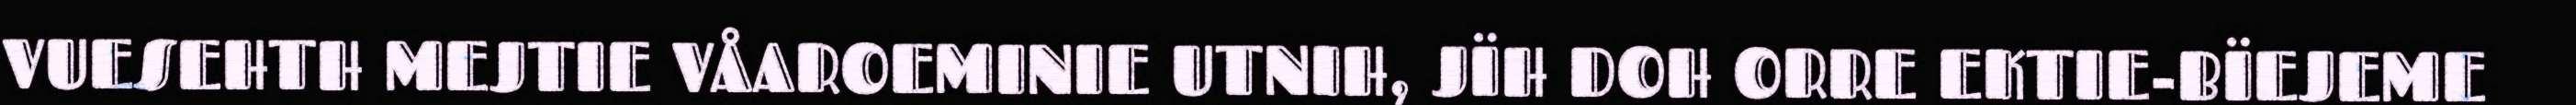
VUESEHTH MEJTIE VÅAROEMINIE UTNIH, JÏH DOH ORRE EKTIE-BÏEJEME